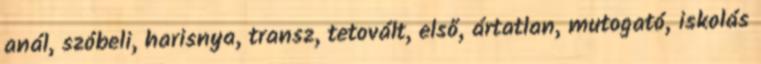
anál, szóbeli, harisnya, transz, tetovált, első, ártatlan, mutogató, iskolás